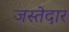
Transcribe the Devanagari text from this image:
जस्तेदार